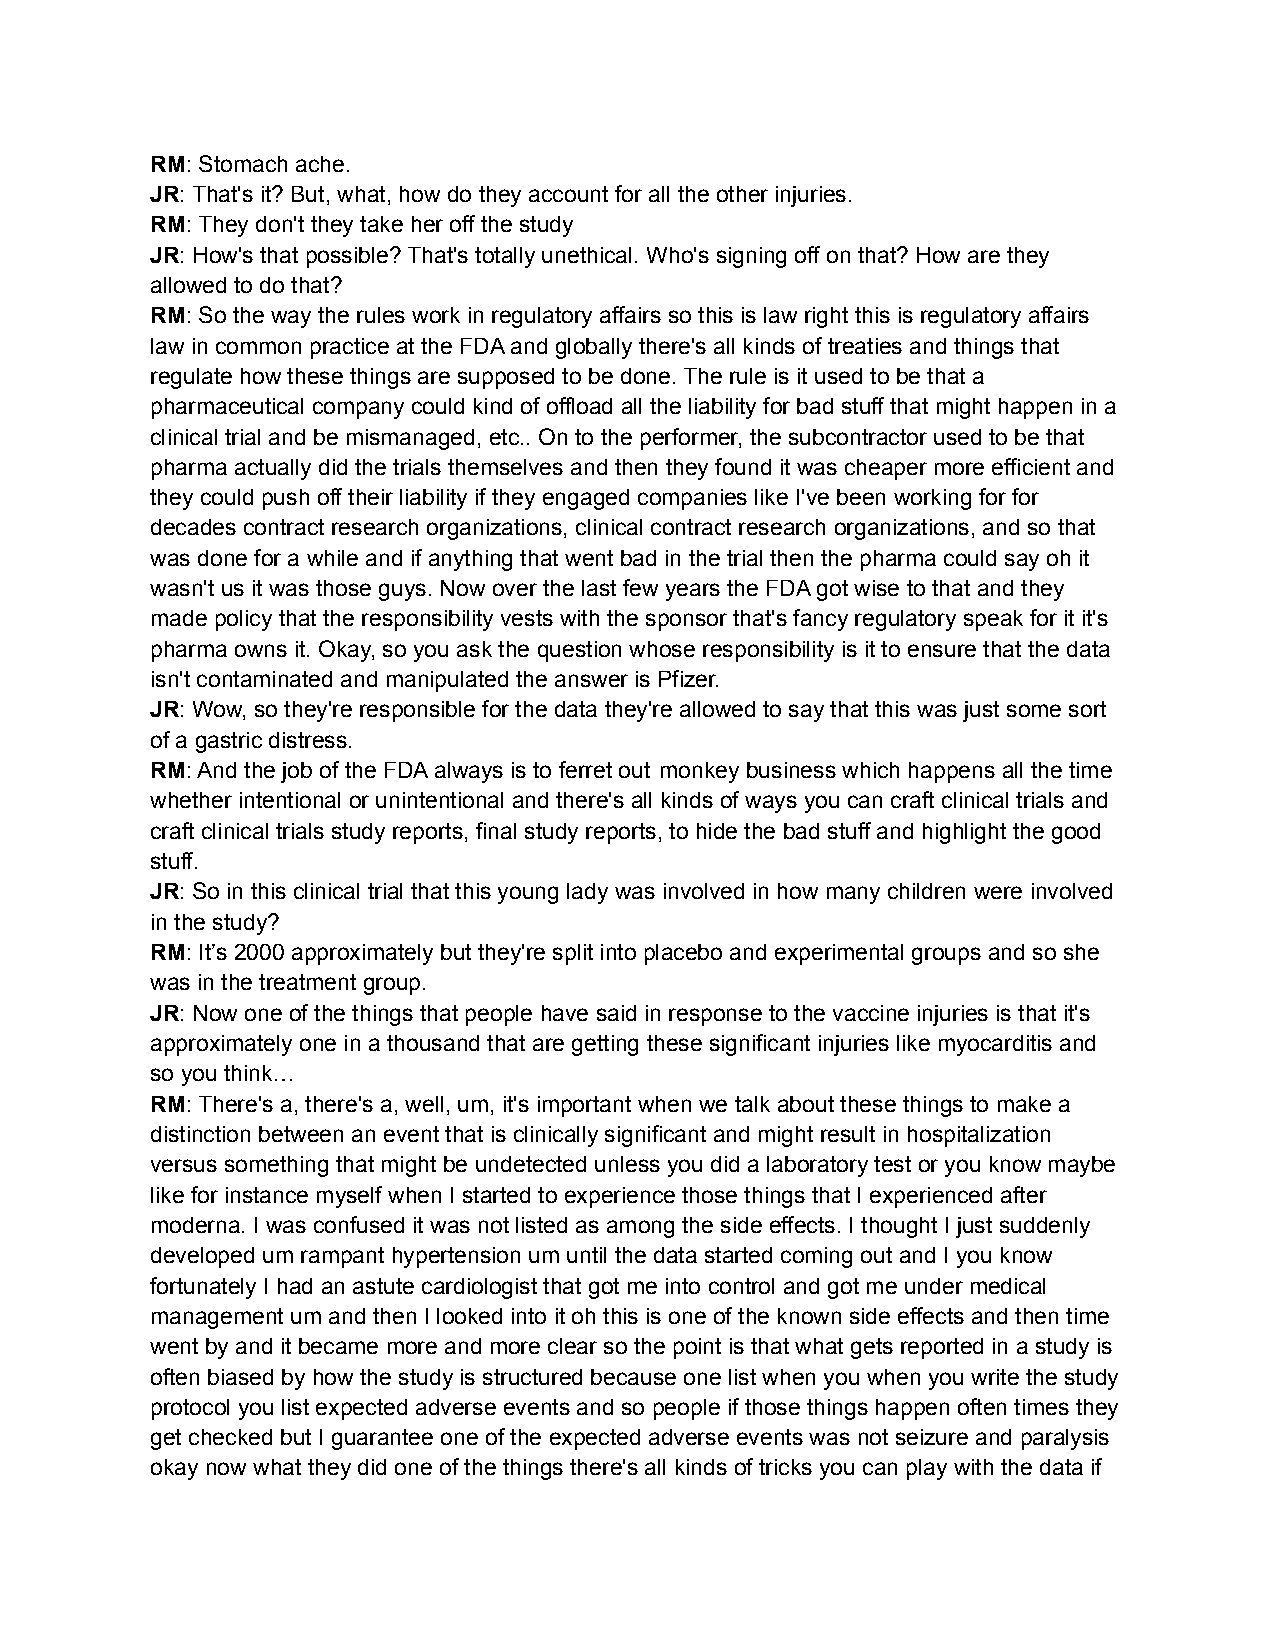
RM: Stomach ache.
 JR: That's it? But, what, how do they account for all the other injuries.
 RM: They don't they take her off the study
 JR: How's that possible? That's totally unethical. Who's signing off on that? How are they
 allowed to do that?
 RM: So the way the rules work in regulatory affairs so this is law right this is regulatory affairs
 law in common practice at the FDA and globally there's all kinds of treaties and things that
 regulate how these things are supposed to be done. The rule is it used to be that a
 pharmaceutical company could kind of offload all the liability for bad stuff that might happen in a
 clinical trial and be mismanaged, etc.. On to the performer, the subcontractor used to be that
 pharma actually did the trials themselves and then they found it was cheaper more efficient and
 they could push off their liability if they engaged companies like I've been working for for
 decades contract research organizations, clinical contract research organizations, and so that
 was done for a while and if anything that went bad in the trial then the pharma could say oh it
 wasn't us it was those guys. Now over the last few years the FDA got wise to that and they
 made policy that the responsibility vests with the sponsor that's fancy regulatory speak for it it's
 pharma owns it. Okay, so you ask the question whose responsibility is it to ensure that the data
 isn't contaminated and manipulated the answer is Pfizer.
 JR: Wow, so they're responsible for the data they're allowed to say that this was just some sort
 of a gastric distress.
 RM: And the job of the FDA always is to ferret out monkey business which happens all the time
 whether intentional or unintentional and there's all kinds of ways you can craft clinical trials and
 craft clinical trials study reports, final study reports, to hide the bad stuff and highlight the good
 stuff.
 JR: So in this clinical trial that this young lady was involved in how many children were involved
 in the study?
 RM: It’s 2000 approximately but they're split into placebo and experimental groups and so she
 was in the treatment group.
 JR: Now one of the things that people have said in response to the vaccine injuries is that it's
 approximately one in a thousand that are getting these significant injuries like myocarditis and
 so you think…
 RM: There's a, there's a, well, um, it's important when we talk about these things to make a
 distinction between an event that is clinically significant and might result in hospitalization
 versus something that might be undetected unless you did a laboratory test or you know maybe
 like for instance myself when I started to experience those things that I experienced after
 moderna. I was confused it was not listed as among the side effects. I thought I just suddenly
 developed um rampant hypertension um until the data started coming out and I you know
 fortunately I had an astute cardiologist that got me into control and got me under medical
 management um and then I looked into it oh this is one of the known side effects and then time
 went by and it became more and more clear so the point is that what gets reported in a study is
 often biased by how the study is structured because one list when you when you write the study
 protocol you list expected adverse events and so people if those things happen often times they
 get checked but I guarantee one of the expected adverse events was not seizure and paralysis
 okay now what they did one of the things there's all kinds of tricks you can play with the data if